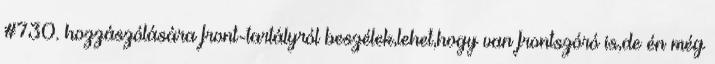
#730. hozzászólására front-tartályról beszélek,lehet,hogy van frontszóró is,de én még